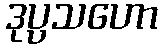
ဒုပ္ပသဟော